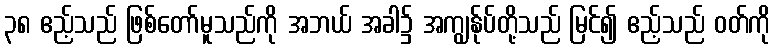
၃၈ ဧည့်သည် ဖြစ်တော်မူသည်ကို အဘယ် အခါ၌ အကျွန်ုပ်တို့သည် မြင်၍ ဧည့်သည် ဝတ်ကို